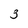
Character: 3